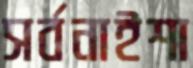
সর্বনাইশা